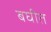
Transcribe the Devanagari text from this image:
बघीत